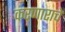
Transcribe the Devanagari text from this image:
करणाराचे